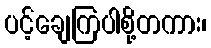
ပင့်ချေကြပါစို့တကား၊